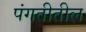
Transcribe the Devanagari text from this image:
पंगतीतील